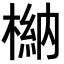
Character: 𣘆